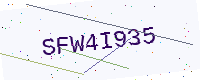
Text: SFW4I935